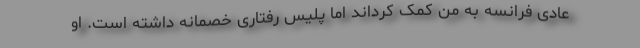
عادی فرانسه به من کمک کرد‌اند اما پلیس رفتاری خصمانه داشته است. او